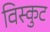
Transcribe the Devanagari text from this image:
विस्कुट